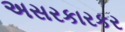
અસરકારકર